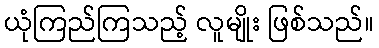
ယုံကြည်ကြသည့် လူမျိုး ဖြစ်သည်။